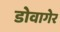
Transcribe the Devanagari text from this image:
डोवागेर